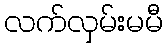
လက်လှမ်းမမီ